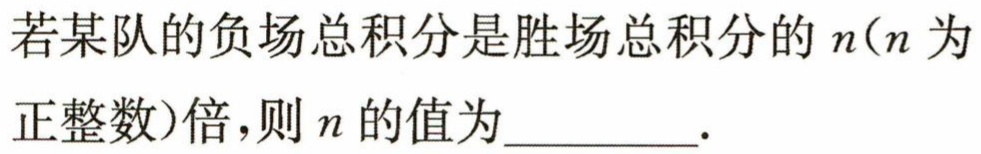
若某队的负场总积分是胜场总积分的\(n(n\)为正整数)倍，则\(n\)的值为_________.